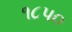
૧૮પ૦